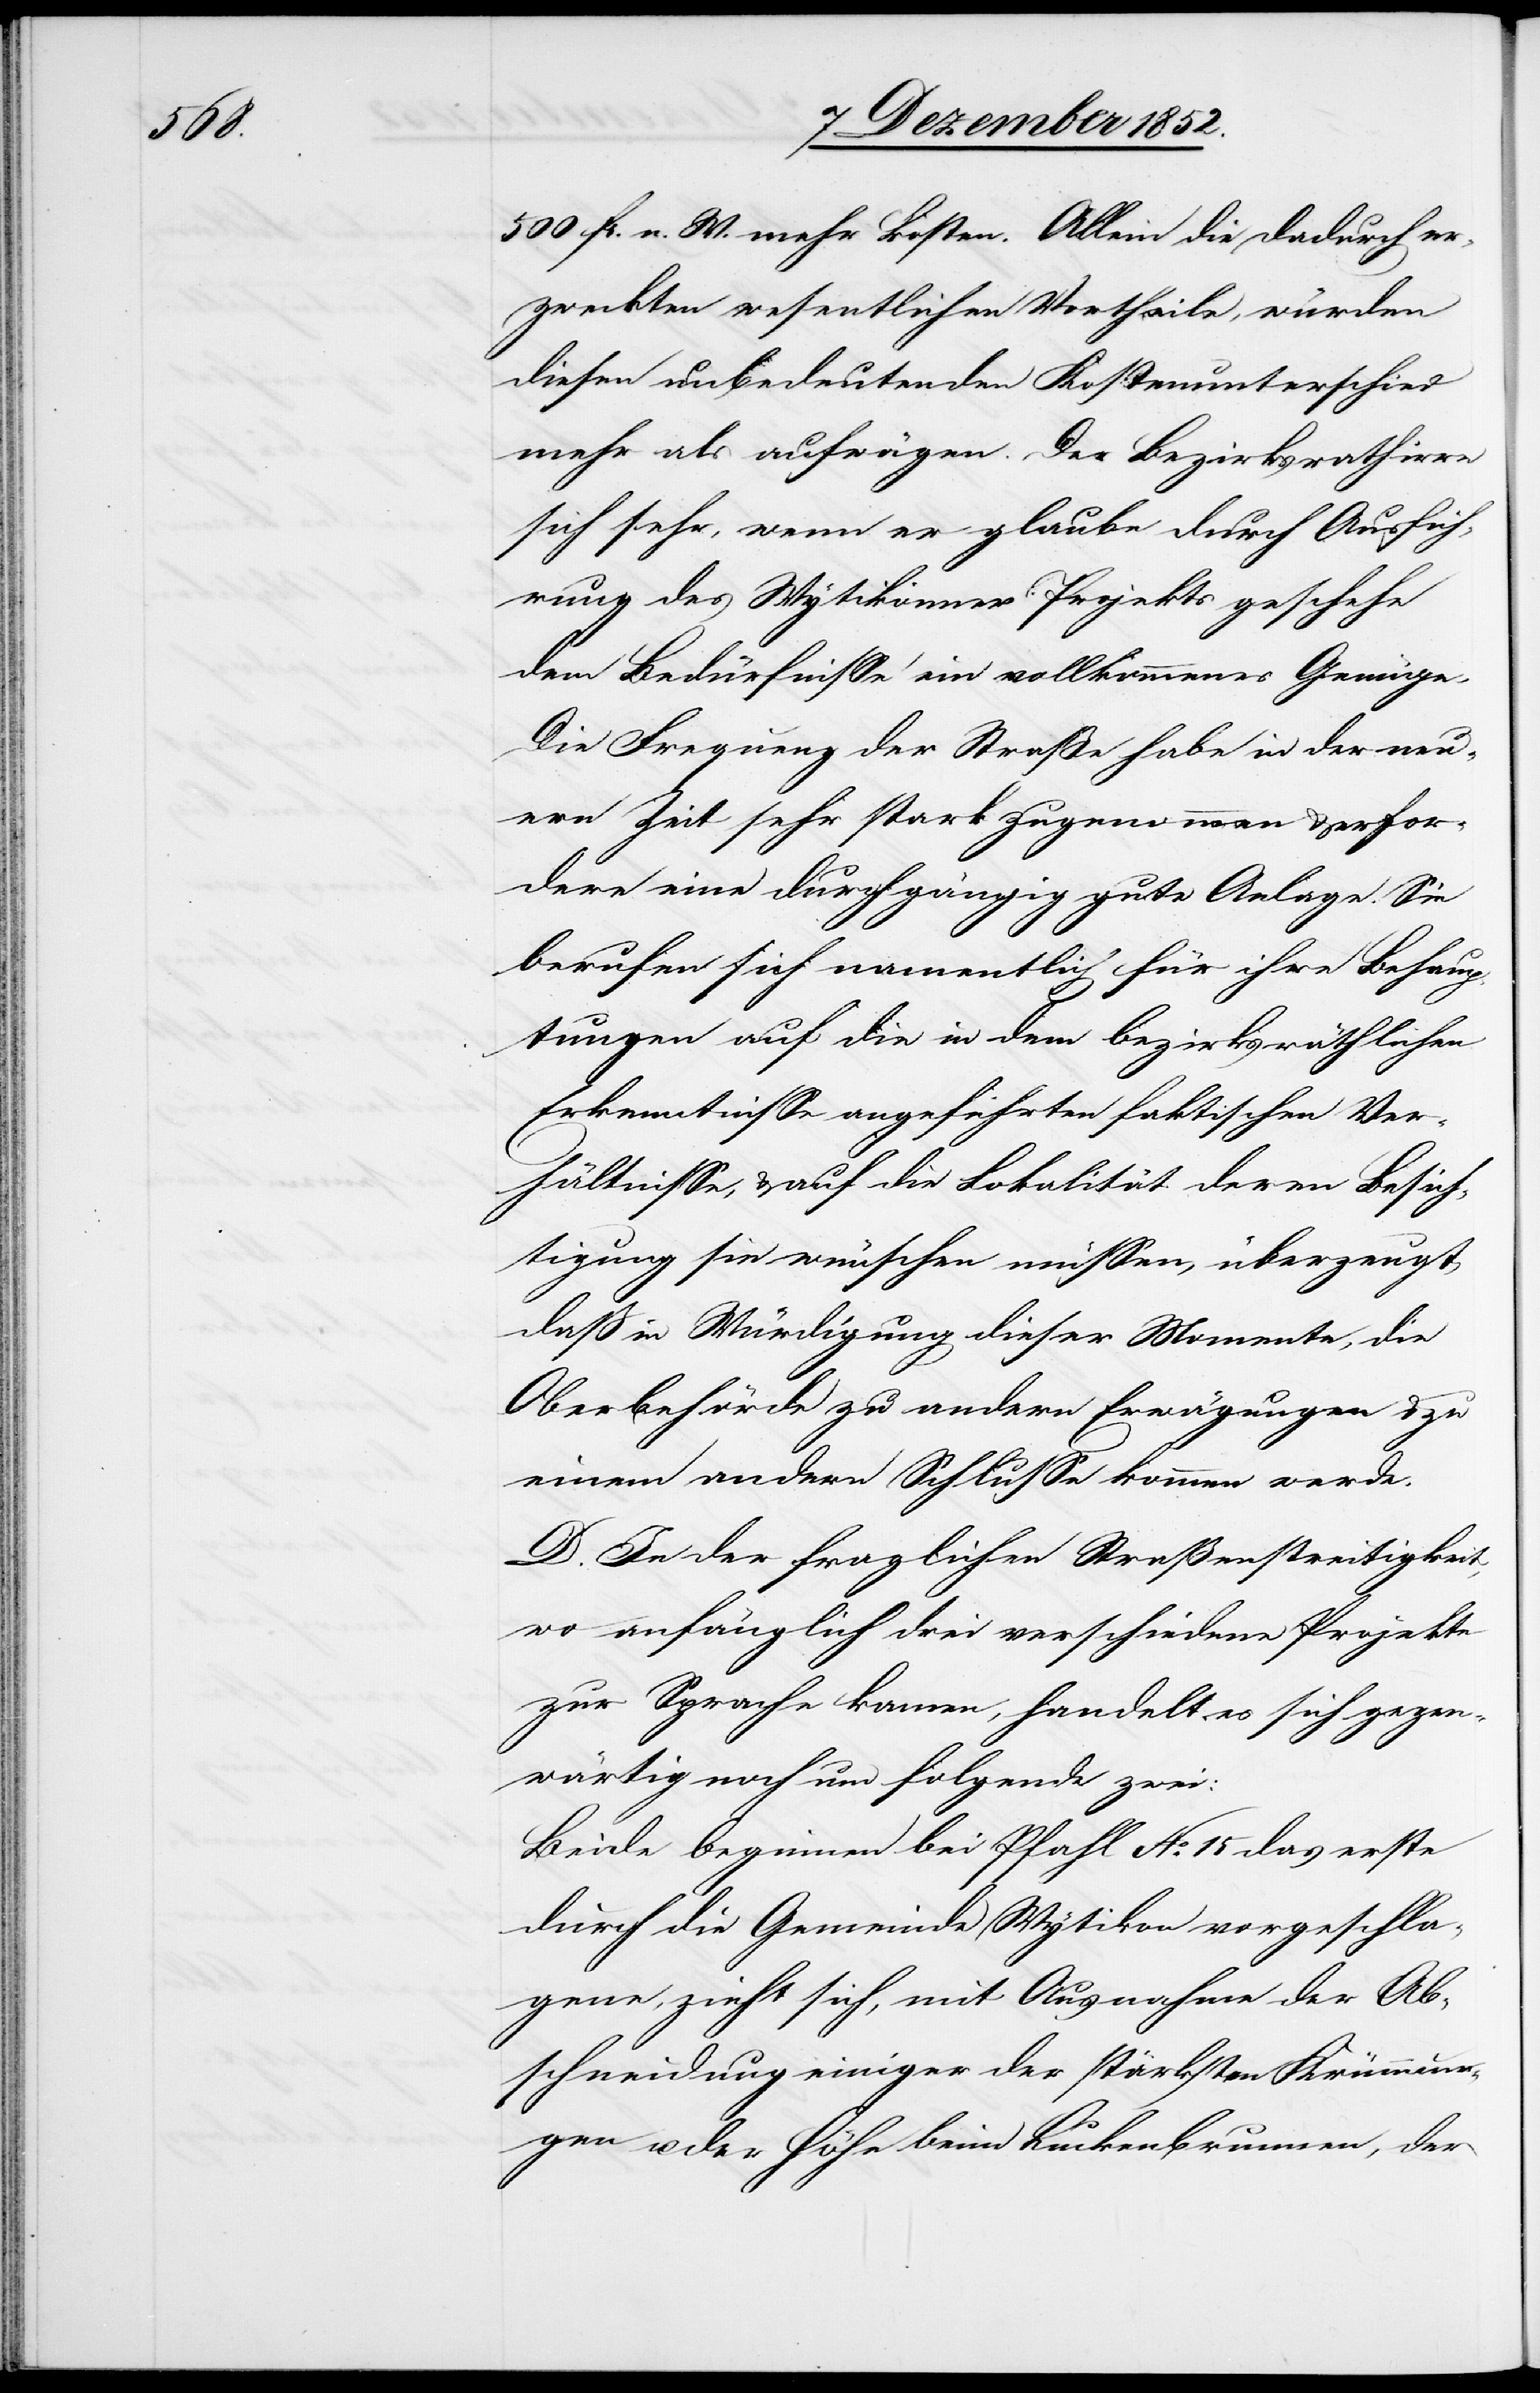
500 fr. n. W. mehr kosten. Allein die dadurch er¬
zweckten wesentlichen Vortheile, würden
diesen unbedeutenden Kostenunterschied
mehr als aufwägen. Der Bezirksrath irre
sich sehr, wenn er glaube durch Ausfüh¬
rung des Wytikonner Projekts geschehe
dem Bedürfnisse ein vollkommenes Genüge.
Die Frequenz der Straße habe in der neu¬
ern Zeit sehr stark zugenommen & erfor¬
dere eine durchgängig gute Anlage. Sie
berufen sich namentlich für ihre Behaup¬
tungen auf die in dem bezirksräthlichen
Erkenntnisse angeführten faktischen Ver¬
hältnisse, & auf die Lokalität deren Besich¬
tigung sie wünschen müssen, überzeugt
daß in Würdigung dieser Momente, die
Oberbehörde zu andern Erwägungen & zu
einem andern Schlusse kommen werde.
D. In der fraglichen Straßenstreitigkeit,
wo anfänglich drei verschiedene Projekte
zur Sprache kamen, handelt es sich gegen¬
wärtig noch um folgende zwei:
Beide beginnen bei Pfahl No. 15 das erste
durch die Gemeinde Wytikon vorgeschla¬
gene, zieht sich, mit Ausnahme der Ab¬
schneidung einiger der stärksten Krümmun¬
gen u. der Höhe beim Luckenbrunnen, der